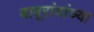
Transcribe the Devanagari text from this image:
बाबूरांवांच्या